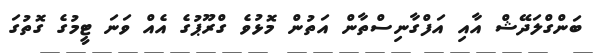
ބަންގްލަދޭޝް އާއި އަފްގާނިސްތާން އަތުން މޮޅުވެ ގްރޫޕުގެ އެއް ވަނަ ޓީމުގެ ގޮތުގަ